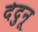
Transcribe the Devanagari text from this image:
देदुनू